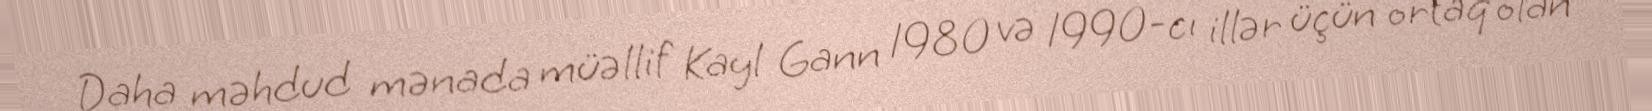
Daha məhdud mənada müəllif Kayl Gann 1980 və 1990-cı illər üçün ortaq olan